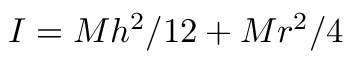
I = M h ^ { 2 } / 1 2 + M r ^ { 2 } / 4